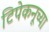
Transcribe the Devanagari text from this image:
टिपेकनूच्या